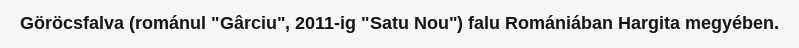
Göröcsfalva (románul "Gârciu", 2011-ig "Satu Nou") falu Romániában Hargita megyében.